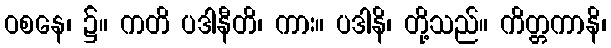
ဝစနေ၊ ၌။ ကတိ ပဒါနီတိ၊ ကား။ ပဒါနိ၊ တို့သည်။ ကိတ္တကာနိ၊